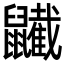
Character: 𪖋